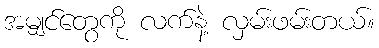
အမျှင်တွေကို လက်နဲ့ လှမ်းဖမ်းတယ်။